Report of the Indian Hemp Drugs Commission, 1894-1895 - Volume VIII
Year: 1894
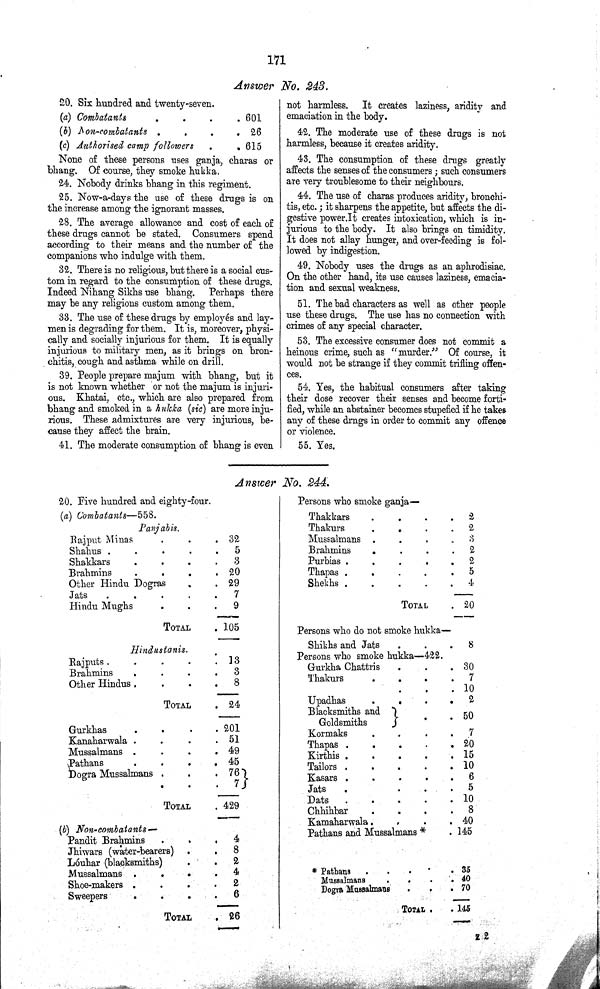
171
Answer No. 243.
20. Six hundred and twenty-seven.
(a) Combatants
601
(b) Non-combatants
26
(c) Authorised camp followers
615
None of these persons uses ganja, charas or
bhang. Of course, they smoke hukka.
24. Nobody drinks bhang in this regiment.
25. Now-a-days the use of these drugs is on
the increase among the ignorant masses.
28. The average allowance and cost of each of
these drugs cannot be stated. Consumers spend
according to their means and the number of the
companions who indulge with them.
32. There is no religious, but there is a social cus¬
tom in regard to the consumption of these drugs.
Indeed Nihang Sikhs use bhang. Perhaps there
may be any religions custom among them.
33. The use of these drugs by employés and lay¬
men is degrading for them. It is, moreover, physi¬
cally and socially injurious for them. It is equally
injurious to military men, as it brings on bron¬
chitis, cough and asthma while on drill.
39. People prepare majum with bhang, but it
is not known whether or not the majum is injuri¬
ous. Khatai, etc., which are also prepared from
bhang and smoked in a hukka (sic) are more inju¬
rious. These admixtures are very injurious, be¬
cause they affect the brain.
41. The moderate consumption of bhang is even
not harmless. It creates laziness, aridity and
emaciation in the body.
42. The moderate use of these drugs is not
harmless, because it creates aridity.
43. The consumption of these drugs greatly
affects the senses of the consumers; such consumers
are very troublesome to their neighbours.
44. The use of charas produces aridity, bronchi¬
tis, etc.; it sharpens the appetite, but affects the di¬
gestive power. It creates intoxication, which is in¬
jurious to the body. It also brings on timidity.
It does not allay hunger, and over-feeding is fol¬
lowed by indigestion.
49. Nobody uses the drugs as an aphrodisiac.
On the other hand, its use causes laziness, emacia¬
tion and sexual weakness.
51. The bad characters as well as other people
use these drugs. The use has no connection with
crimes of any special character.
53. The excessive consumer does not commit a
heinous crime, such as "murder." Of course, it
would not be strange if they commit trifling offen¬
ces.
54. Yes, the habitual consumers after taking
their dose recover their senses and become forti¬
fied, while an abstainer becomes stupefied if he takes
any of these drngs in order to commit any offence
or violence.
55. Yes.
Answer No. 244.
20. Five hundred and eighty-four.
(a) Combatants—558.
Panjabis.
Rajput Minas
32
Shahus
5
Shakkars
3
Brahmins
20
Other Hindu Dogras
29
Jats
7
Hindu Mughs
9
TOTAL
105
Hindustanis.
Rajputs
13
Brahmins
3
Other Hindus
8
TOTAL
24
Gurkhas
201
Kanaharwala
51
Mussalmans
49
Pathans
45
Dogra Mussalmans
76
7
TOTAL
429
(b) Non-combatants —
Pandit Brahmins
4
Jhiwars (water-bearers)
8
Lóuhar (blacksmiths)
2
Mussalmans
4
Shoe-makers
2
Sweepers
6
TOTAL
26
Persons who smoke ganja—
Thakkars
2
Thakurs
2
Mussalmans
3
Brahmins
2
Purbias
2
Thapas
5
Shekhs
4
TOTAL
20
Persons who do not smoke hukka—
Shikhs and Jats
8
Persons who smoke hukka—422.
Gurkha Chattris
30
Thakurs
7
10
Upadhas
2
Blacksmiths and
Goldsmiths
50
Kormaks
7
Thapas
20
Kirthis
15
Tailors
10
Kasars
6
Jats
5
Dats
10
Chhihbar
8
Kamaharwala
40
Pathans and Mussalmans*
145
* Pathans
35
Mussalmans
40
Dogra Mussalmans
70
TOTAL
145
Z 2